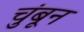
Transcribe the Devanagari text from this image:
चुंबून